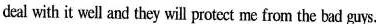
deal with it well and they will protect me from the bad guys.